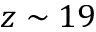
z \sim 1 9